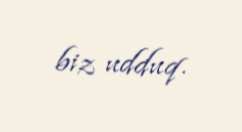
biz udduq.